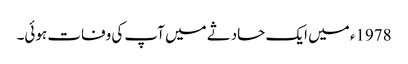
1978ء میں ایک حادثے میں آپ کی وفات ہوئی۔